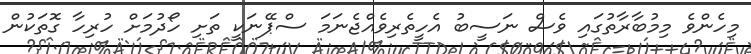
މިހެންވެ މިމުބާރާތުގައި ވެސް ނަސީބު އެހީތެރިވެއްޖެނަމަ ސްޕޭނަކީ ތަށި ހޯދުމަށް ހުރިހާ ގޮތަކުން